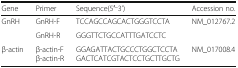
<table><thead><tr><td><b>Gene</b></td><td><b>Primer</b></td><td><b>Sequence(5′<sup>_</sup>3’)</b></td><td><b>Accession no.</b></td></tr></thead><tbody><tr><td>GnRH</td><td>GnRH-F</td><td>TCCAGCCAGCACTGGGTCCTA</td><td>NM_012767.2</td></tr><tr><td></td><td>GnRH-R</td><td>GGGTTCTGCCATTTGATCCTC</td><td></td></tr><tr><td>β-actin</td><td>β-actin-Fβ-actin-R</td><td>GGAGATTACTGCCCTGGCTCCTAGACTCATCGTACTCCTGCTTGCTG</td><td>NM_017008.4</td></tr></tbody></table>